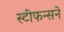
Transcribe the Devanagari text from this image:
स्टीफन्सने